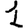
Digit: 1